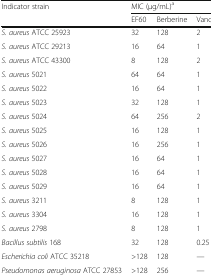
<table><thead><tr><td rowspan="2"><b>Indicator strain</b></td><td colspan="3"><b>MIC (μg/mL)<sup>a</sup></b></td></tr><tr><td><b>EF60</b></td><td><b>Berberine</b></td><td><b>Vancomycin</b></td></tr></thead><tbody><tr><td><i>S. aureus</i> ATCC 25923</td><td>32</td><td>128</td><td>2</td></tr><tr><td><i>S. aureus</i> ATCC 29213</td><td>16</td><td>64</td><td>1</td></tr><tr><td><i>S. aureus</i> ATCC 43300</td><td>8</td><td>128</td><td>2</td></tr><tr><td><i>S. aureus</i> 5021</td><td>64</td><td>64</td><td>1</td></tr><tr><td><i>S. aureus</i> 5022</td><td>16</td><td>64</td><td>1</td></tr><tr><td><i>S. aureus</i> 5023</td><td>32</td><td>128</td><td>1</td></tr><tr><td><i>S. aureus</i> 5024</td><td>64</td><td>256</td><td>2</td></tr><tr><td><i>S. aureus</i> 5025</td><td>16</td><td>128</td><td>1</td></tr><tr><td><i>S. aureus</i> 5026</td><td>16</td><td>256</td><td>1</td></tr><tr><td><i>S. aureus</i> 5027</td><td>16</td><td>64</td><td>1</td></tr><tr><td><i>S. aureus</i> 5028</td><td>16</td><td>64</td><td>1</td></tr><tr><td><i>S. aureus</i> 5029</td><td>16</td><td>64</td><td>1</td></tr><tr><td><i>S. aureus</i> 3211</td><td>8</td><td>128</td><td>1</td></tr><tr><td><i>S. aureus</i> 3304</td><td>16</td><td>128</td><td>1</td></tr><tr><td><i>S. aureus</i> 2798</td><td>8</td><td>128</td><td>1</td></tr><tr><td><i>Bacillus subtilis</i> 168</td><td>32</td><td>128</td><td>0.25</td></tr><tr><td><i>Escherichia coli</i> ATCC 35218</td><td>&gt;128</td><td>128</td><td>—</td></tr><tr><td><i>Pseudomonas aeruginosa</i> ATCC 27853</td><td>&gt;128</td><td>256</td><td>—</td></tr></tbody></table>